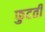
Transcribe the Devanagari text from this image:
फुटती